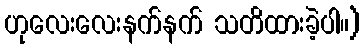
ဟုလေးလေးနက်နက် သတိထားခဲ့ပါ။)